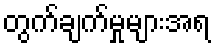
တွက်ချက်မှုများအရ